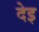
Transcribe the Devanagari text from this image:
देइ